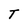
Character: T